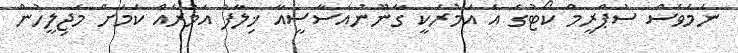
ނަމަވެސް ސުޕްރީމް ކޯޓުގެ އެ އަމުރަކީ ގާނޫނުއަސާސީއާ ޚިލާފު އަމުރެއް ކަމަށް މަޖިލީހުން